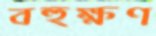
বহুক্ষণ